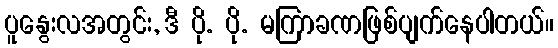
ပူနွေးလအတွင်း, ဒီ ပို. ပို. မကြာခဏဖြစ်ပျက်နေပါတယ်။